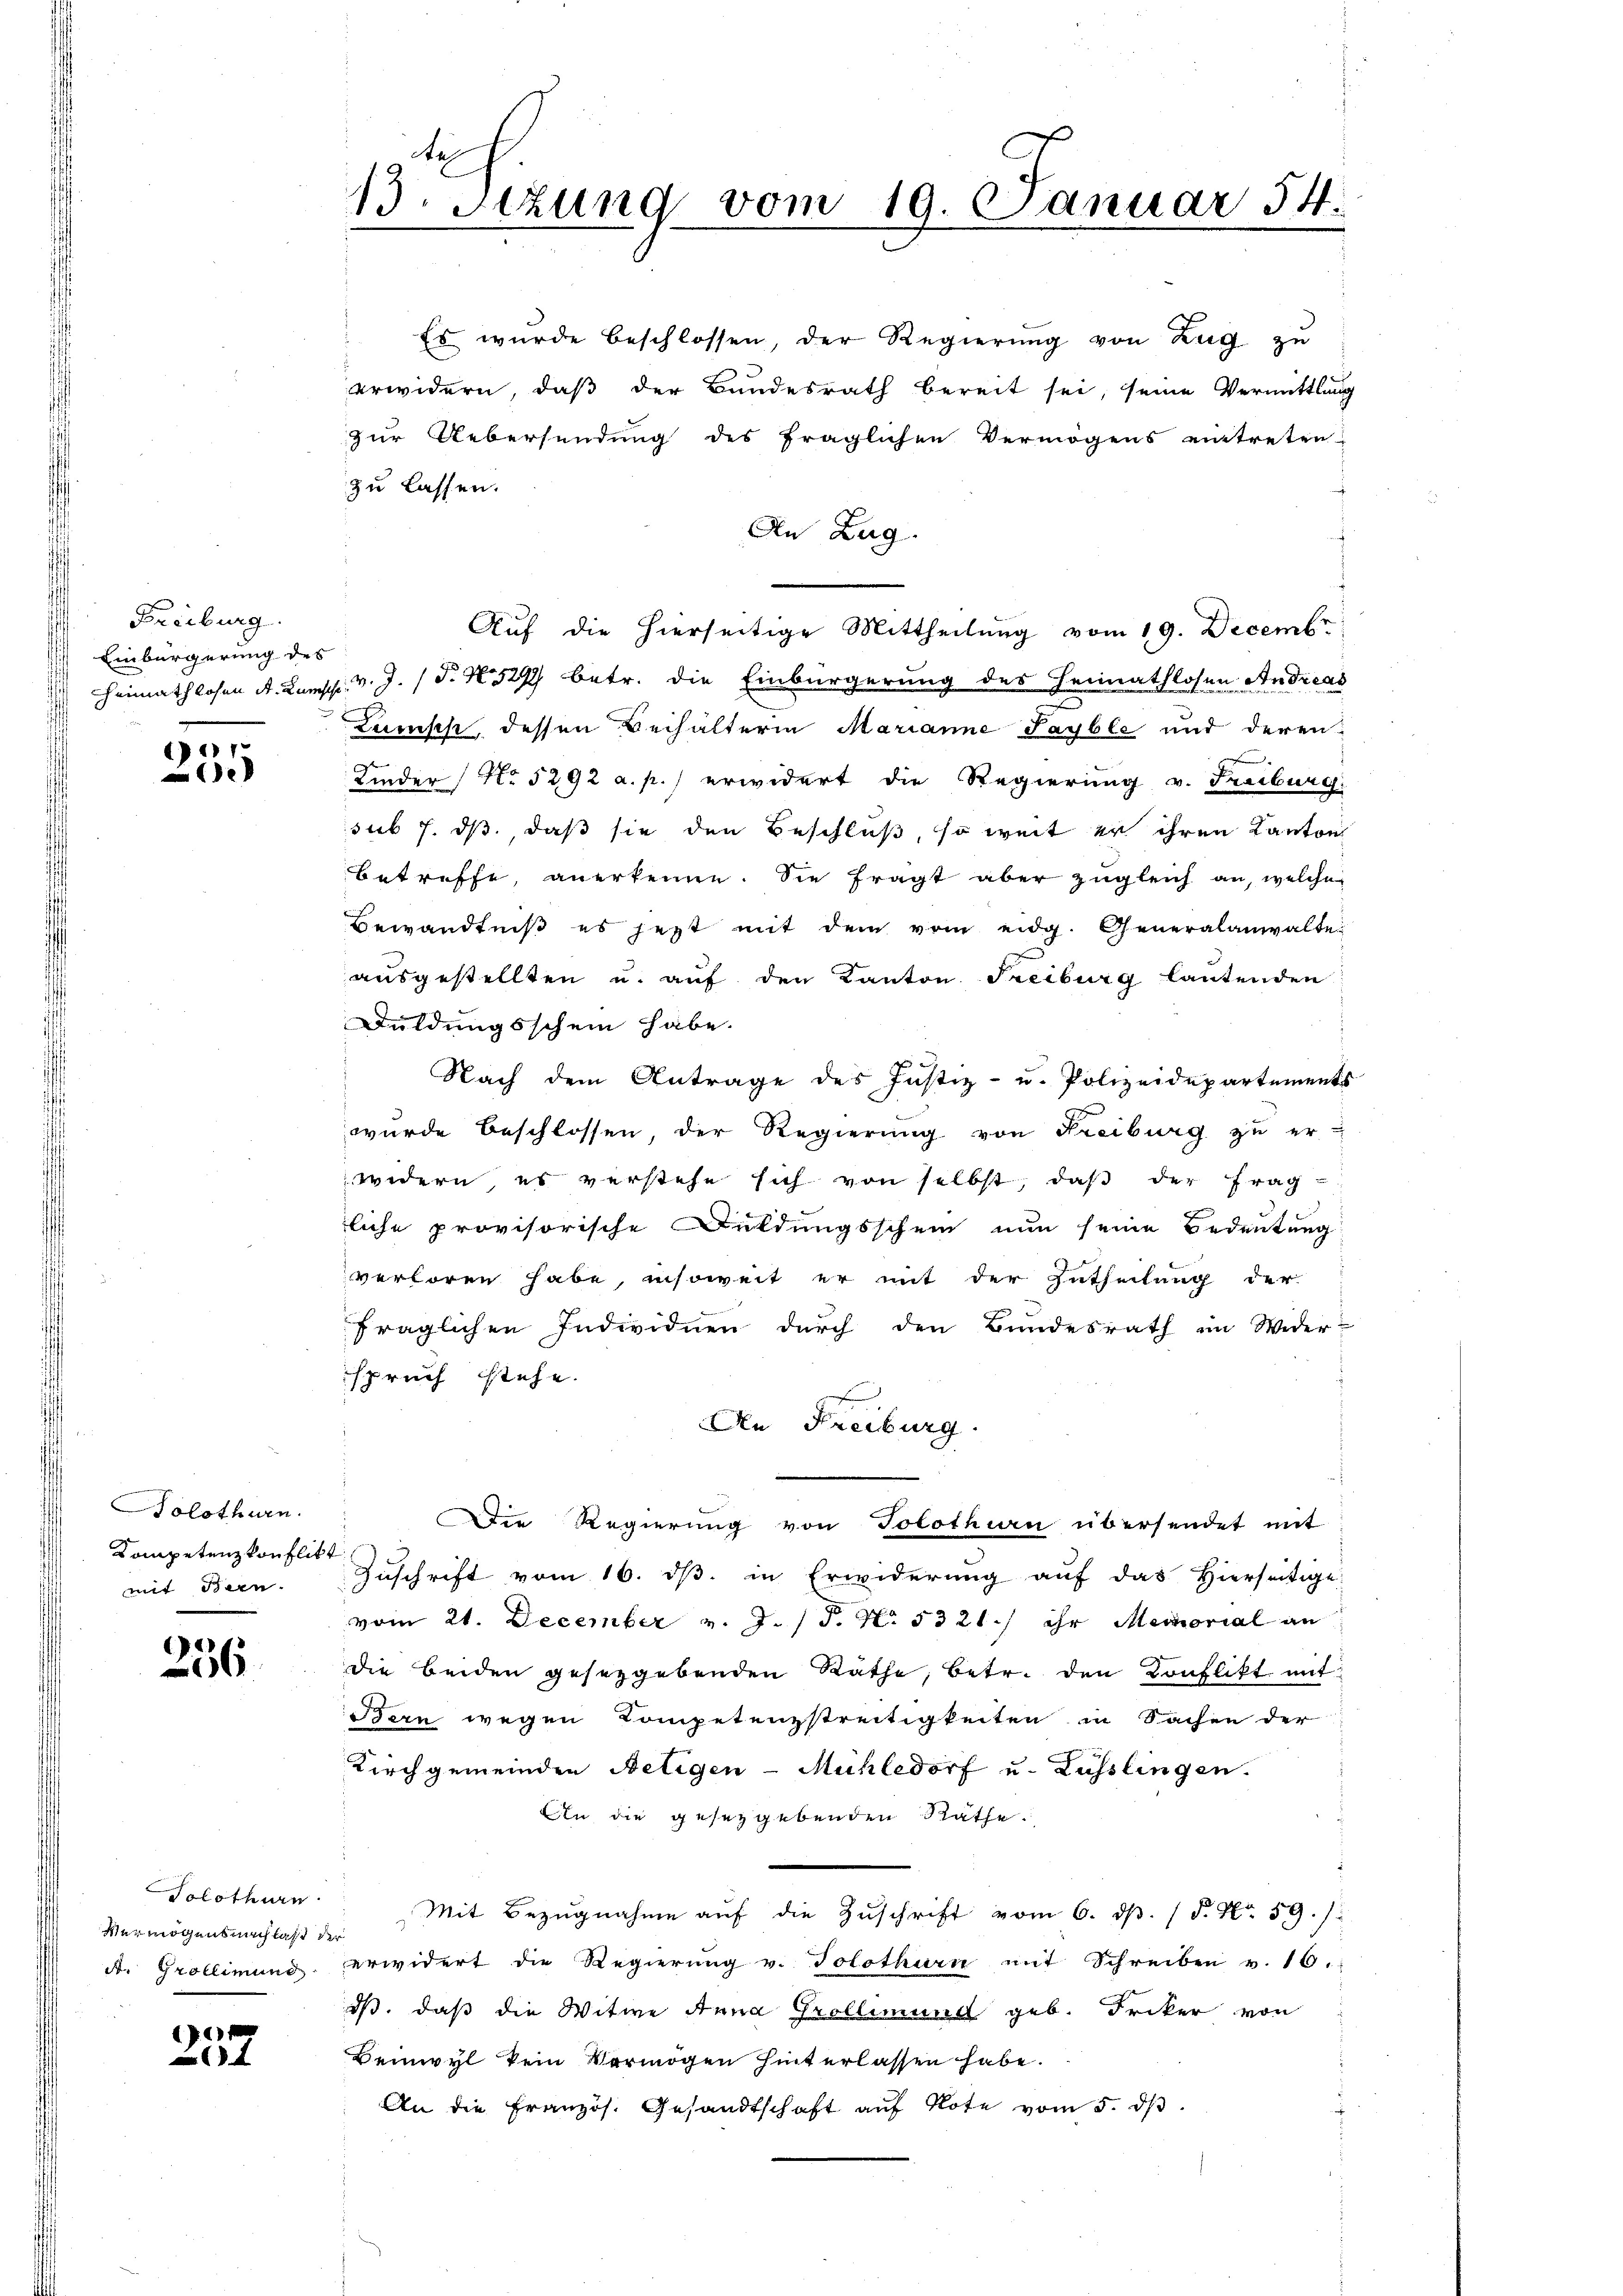
Freiburg
Einbürgerung des

1
e

Solothurn.
Kompetenzkonflikt
mit Bern.

236

Solothurn
Vermögensnachlaß der

1
4

Es wurde beschlossen, der Regierung von Zug zu
erwidern, daß der Bundesrath bereit sei, seine Vermittlung
zur Uebersendung des fraglichen Vermögens eintreten,
zu lassen.
An Zug.
Aŭf die hierseitige Mittheilŭng vom 19. Decembr
 Heimathlosen A. Lampp. v. J. (T. N. 529 betr. die Einbürgerung des Heimathlosen Andreas
Lunsch, dessen Beihälterin Marianne Payble und deren
Kinder No 5292 a. p.) erwidert die Regierung v. Freiburg.
sub 7. ds, daß sie den Beschluß, so weit er ihren Kanton
betreffe, anerkenne. Sie fragt aber zugleich an, welche
Bewandtniß es jetzt mit dem vom eidg. Generalanwalte
aŭsgestellten u. aŭf den Kanton Freiburg lautenden
Duldungsschein habe.
Nach dem Antrage des Justiz- u. Polizeidepartements
wurde beschlossen, der Regierung von Freiburg zŭ er-
widern, es verstehe sich von selbst, daβ der Frag
liche provisorische Duldungsschein nun seine Bedeutung
verloren habe, insoweit er mit der Zutheilung der
fraglichen Individuen durch den Bundesrath im Wider-
spruch stehe.
An Freiburg
 die Regierung von Tolothin übersendet mit
Zuschrift vom 16. ds. in Erwiderung auf das Hierseitige
vom 21. December v. J. P. N. 5321.) ihr Memorial an
die beiden gesetzgebenden Räthe, betr. den Konflikt mit
Bern wegen Kompetenzstreitigkeiten in Sachen der
Kirchgemeinden Netigen-Mühledorf u. Lüsslingen.
An die gesetzgebenden Räthe.
Mit Bezugnahme auf die Zuschrift vom 6. ds. (S. Nr. 59. /
A. Grollimund erwidert die Regierŭng v. Solothurn mit Schreiben v. 16.
iß, daß die Witwe Anna Prollimund geb. Friker von
Beinwyl kein Vermögen hinterlassen habe.
An die Französ. Gesandtschaft aŭf Rote vom 5. dβ.

13. Sezung vom 19. Januar 54.